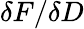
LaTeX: \delta F/\delta D